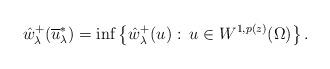
LaTeX: \begin{align*} \hat{w}_\lambda^+(\overline{u}_\lambda^*)=\inf\left\{\hat{w}_\lambda^+(u):\:u\in W^{1,p(z)}(\Omega)\right\}.\end{align*}